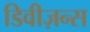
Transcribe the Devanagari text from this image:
डिवीज़न्स